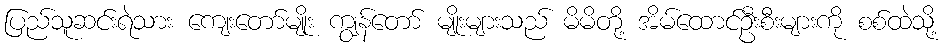
ပြည်သူဆင်းရဲသား ကျေးတော်မျိုး ကျွန်တော် မျိုးများသည် မိမိတို့ အိမ်ထောင်ဦးစီးများကို စစ်ထဲသို့